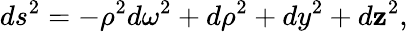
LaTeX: ds^{2}=-\rho^{2}d\omega^{2}+d\rho^{2}+dy^{2}+d\mathbf{z}^{2},